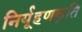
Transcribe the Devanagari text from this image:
निर्यूहणकृति